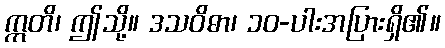
ဣတိ၊ ဤသို့။ ဒသဝိဓာ၊ ၁၀-ပါးအပြားရှိ၏။